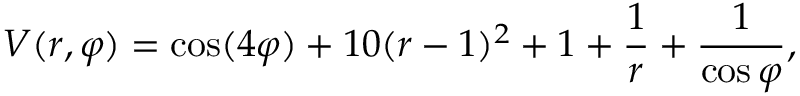
V ( r , \varphi ) = \cos ( 4 \varphi ) + 1 0 ( r - 1 ) ^ { 2 } + 1 + \frac { 1 } { r } + \frac { 1 } { \cos \varphi } ,